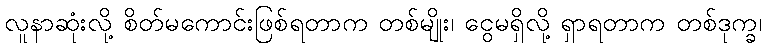
လူနာဆုံးလို့ စိတ်မကောင်းဖြစ်ရတာက တစ်မျိုး၊ ငွေမရှိလို့ ရှာရတာက တစ်ဒုက္ခ၊